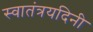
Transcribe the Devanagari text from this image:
स्वातंत्रयदिनी